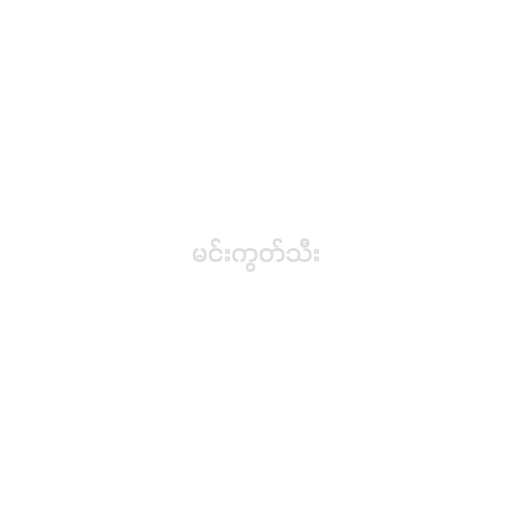
မင်းကွတ်သီး